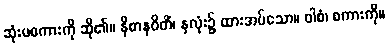
ဆုံးမစကားကို ဆို၏။ နိဓာနဝိတိံ၊ နှလုံး၌ ထားအပ်သော။ ဝါစံ၊ စကားကို။